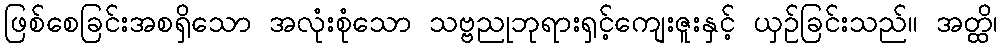
ဖြစ်စေခြင်းအစရှိသော အလုံးစုံသော သဗ္ဗညုဘုရားရှင့်ကျေးဇူးနှင့် ယှဉ်ခြင်းသည်။ အတ္ထိ၊